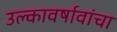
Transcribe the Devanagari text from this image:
उल्कावर्षावांचा